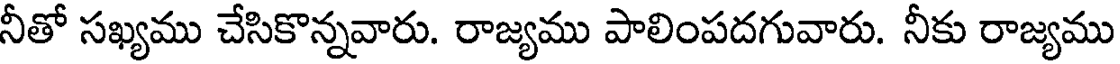
నీతో సఖ్యము చేసికొన్నవారు. రాజ్యము పాలింపదగువారు. నీకు రాజ్యము